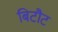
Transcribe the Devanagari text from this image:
बिटौट